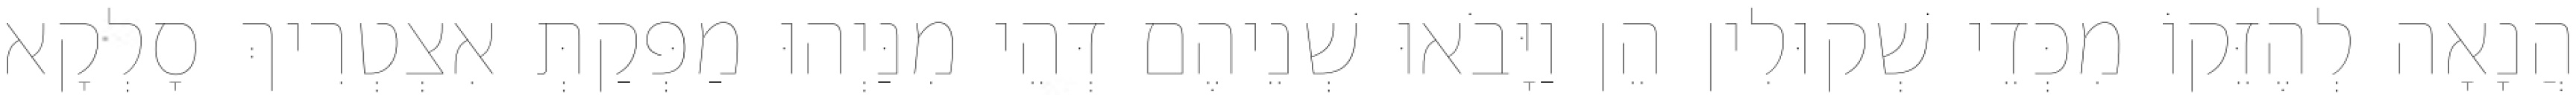
הֲנָאָה לְהֶזֵּקוֹ מִכְּדֵי שְׁקוּלִין הֵן וַיָּבֹאוּ שְׁנֵיהֶם דְּהֵי מִנַּיְהוּ מַפְּקַתְּ אִצְטְרִיךְ סָלְקָא